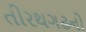
તીરથગઢનો